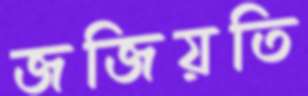
জজিয়তি